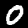
Label: 0